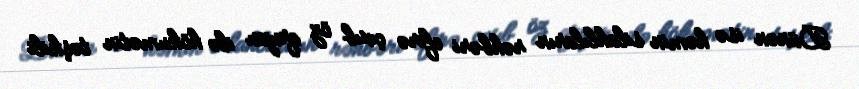
Dünən isə həmin silahlıların rəhbəri efirə çıxıb öz qrupu ilə hökumətin təşkili